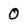
Character: 0